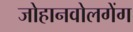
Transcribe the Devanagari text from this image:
जोहानवोलगेंग